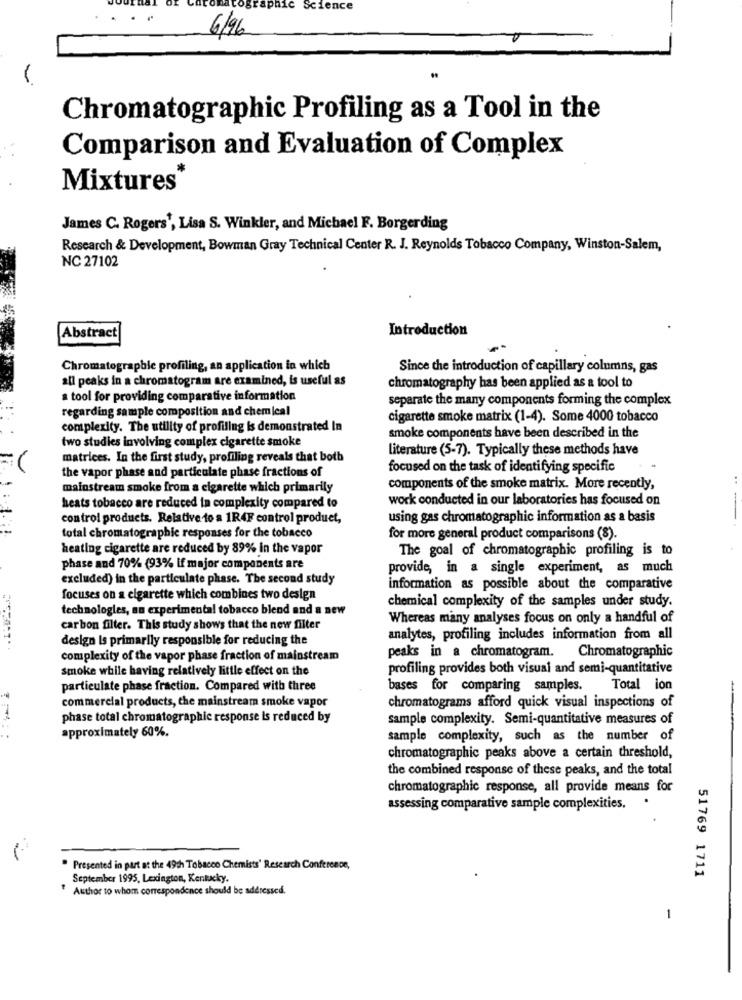
raphic Science
6/96
Chromatographic Profiling as a Tool in the
Comparison and Evaluation of Complex
Mixtures
James C. Rogers', Lisa S. Winkler, and Michael F. Borgerding
Research & Development, Bowman Gray Technical Center R. J. Reynolds Tobacco Company, Winston-Salem,
NC 27102
Introduction
Abstract
Chromatographie profiling, an application in which
Since the introduction of capillary columns, gas
all peaks in a chromatogram are examined, is useful as
chromatography has been applied as a tool to
a tool for providing comparative information
separate the many components forming the complex
regarding sample composition and chemical
cigarette smoke matrix (1-4). Some 4000 tobacco
complexity. The utility of profiling is demonstrated In
two studies involving complex cigarette smoke
smoke components have been described in the
Literature (5-7). Typically these methods have
matrices. In the first study, profiling reveals that both
the vapor phase and particulate phase fractions of
focused on the task of identifying specific
mainstream smoke from a cigarette which primarily
components of the smoke matrix. More recently,
work conducted in our laboratories has focused on
heats tobacco are reduced in complexity compared to
control products. Relative to a 1R4F control product,
using gas chromatographic information as a basis
total chromatographie responses for the tobacco
for more general product comparisons (8).
heating cigarette are reduced by 89% In the vapor
The goal of chromatographic profiling is to
phase and 70% (93% if major components are
provide, in a single experiment, as much
excluded) in the particulate phase. The second study
information as possible about the comparative
focuses on a cigarette which combines two design
chemical complexity of the samples under study.
technologies, an experimental tobacco blend and a new
Whereas many analyses focus on only a handful of
carbon filter. This study shows that the new filter
design Is primarily responsible for reducing the
analytes, profiling includes information from all
peaks in a chromatogram. Chromatographic
complexity of the vapor phase fraction of mainstream
smoke while having relatively little effect on the
profiling provides both visual and semi-quantitative
particulate phase fraction. Compared with three
bases for comparing samples. Total ion
commercial products, the mainstream smoke vapor
chromatograms afford quick visual inspections of
phase total chromatographie response is reduced by
sample complexity. Semi-quantitative measures of
approximately 60%.
sample complexity, such as the number of
chromatographic peaks above a certain threshold,
the combined response of these peaks, and the total
chromatographic response, all provide means for
.
assessing comparative sample complexities.
" Presented in part at the 49th Tobacco Chemists' Research Conference,
September 1995, Lexington, Kentucky.
51769 1711
Author to whom correspondence should be addressed.
1